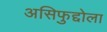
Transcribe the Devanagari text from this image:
असिफुद्दोला